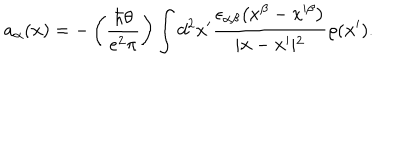
a _ { \alpha } ( { \bf x } ) = - \left( { \frac { \hbar \theta } { e ^ { 2 } \pi } } \right) \int d ^ { 2 } x ^ { \prime } { \frac { \epsilon _ { \alpha \beta } \bigl ( x ^ { \beta } - x ^ { \prime \beta } \bigr ) } { \vert { \bf x } - { \bf x } ^ { \prime } \vert ^ { 2 } } } \rho ( { \bf x } ^ { \prime } ) .